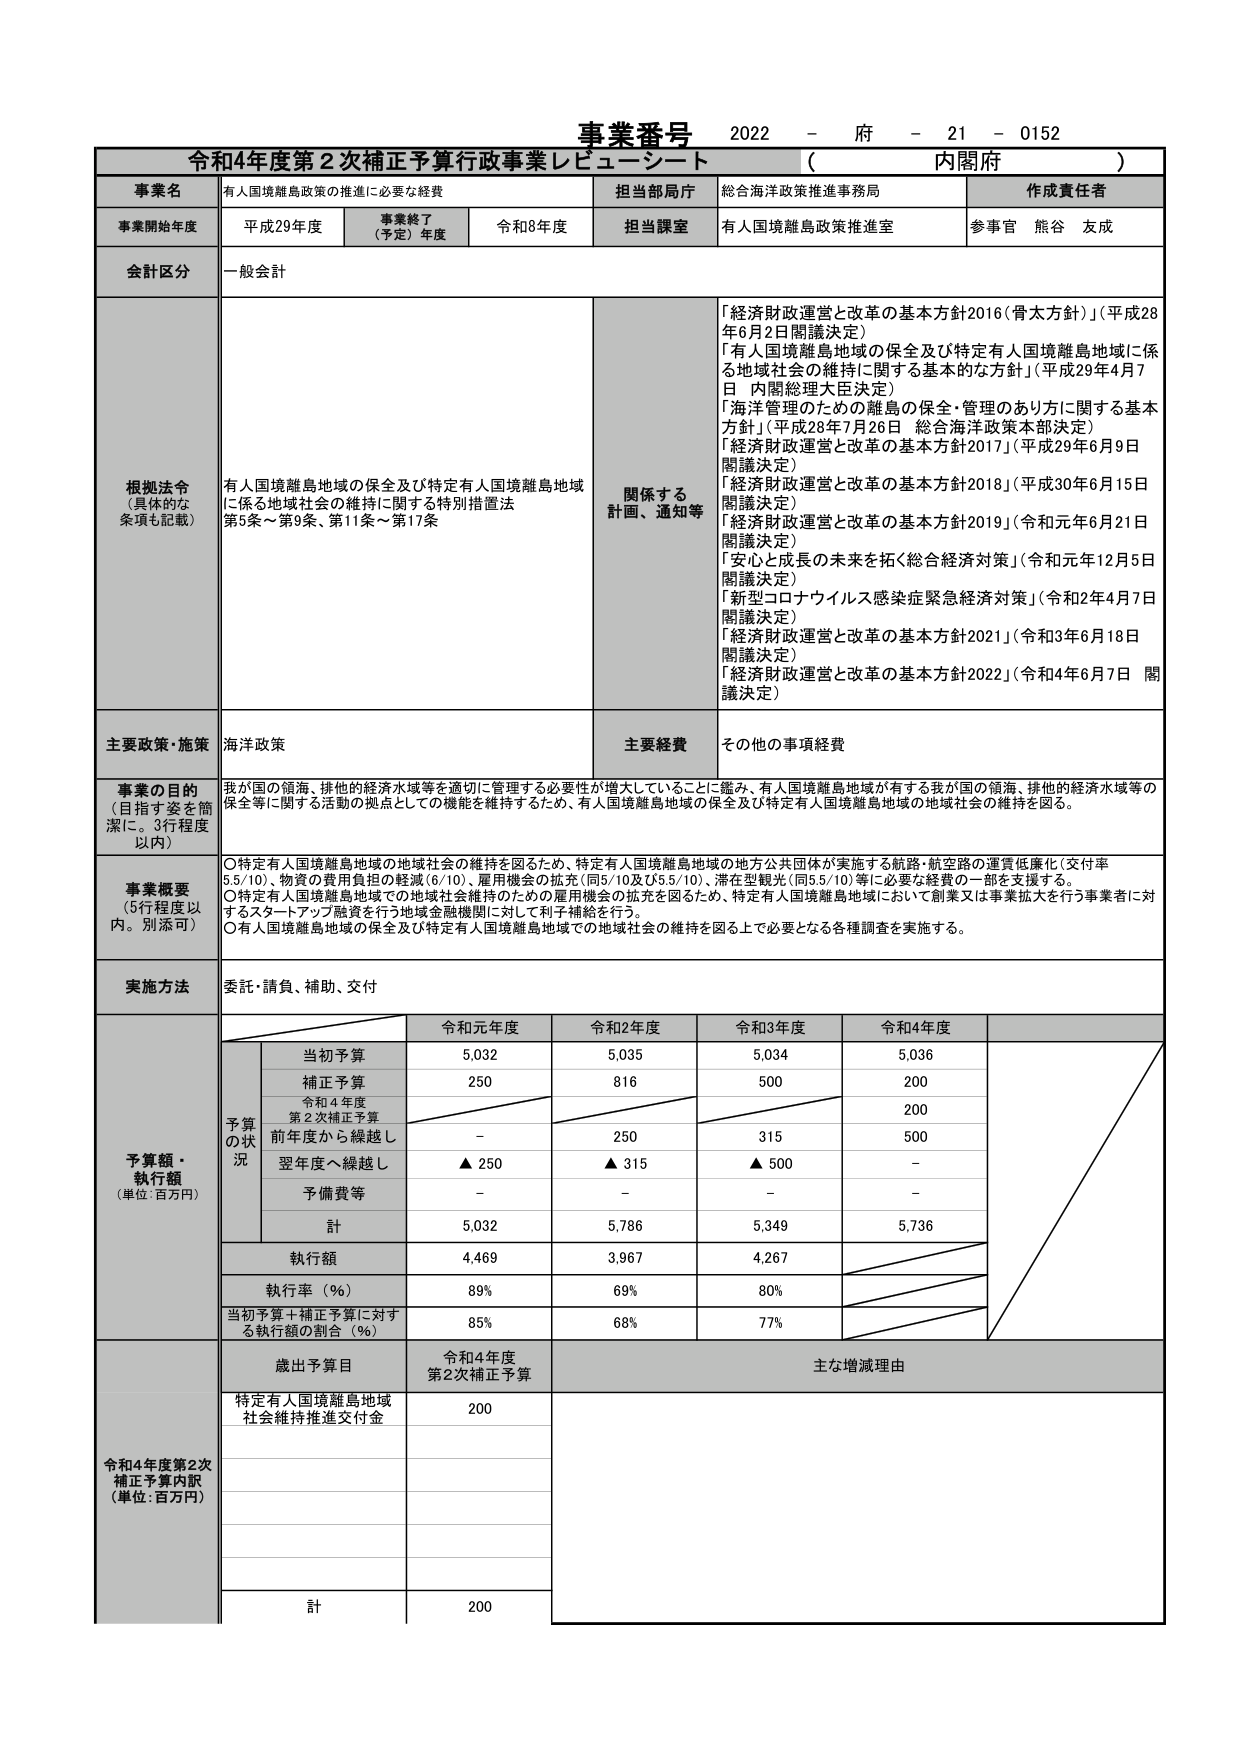
事業番号 2022 - 府 - 21 - 0152
令和4年度第2次補正予算行政事業レビューシート （ 内閣府 ）

事業名 有人国境離島政策の推進に必要な経費
担当部局庁 総合海洋政策推進事務局
作成責任者

事業開始年度 平成29年度
事業終了（予定）年度 令和8年度
担当課室 有人国境離島政策推進室
参事官 熊谷 友成

会計区分 一般会計

根拠法令 （具体的な条項も記載）
有人国境離島地域の保全及び特定有人国境離島地域に係る地域社会の維持に関する特別措置法
第5条～第9条、第11条～第17条

関係する計画、通知等
「経済財政運営と改革の基本方針2016（骨太方針）」（平成28年6月2日閣議決定）
「有人国境離島地域の保全及び特定有人国境離島地域に係る地域社会の維持に関する基本的な方針」（平成29年4月7日 内閣総理大臣決定）
「海洋管理のための離島の保全・管理のあり方に関する基本方針」（平成28年7月26日 総合海洋政策本部決定）
「経済財政運営と改革の基本方針2017」（平成29年6月9日 閣議決定）
「経済財政運営と改革の基本方針2018」（平成30年6月15日 閣議決定）
「経済財政運営と改革の基本方針2019」（令和元年6月21日 閣議決定）
「安心と成長の未来を拓く総合経済対策」（令和元年12月5日 閣議決定）
「新型コロナウイルス感染症緊急経済対策」（令和2年4月7日 閣議決定）
「経済財政運営と改革の基本方針2021」（令和3年6月18日 閣議決定）
「経済財政運営と改革の基本方針2022」（令和4年6月7日 閣議決定）

主要政策・施策 海洋政策
主要経費 その他の事項経費

事業の目的 （目指す姿を簡潔に。3行程度以内）
我が国の領海、排他的経済水域等を適切に管理する必要性が増大していることに鑑み、有人国境離島地域が有する我が国の領海、排他的経済水域等の保全等に関する活動の拠点としての機能を維持するため、有人国境離島地域の保全及び特定有人国境離島地域の地域社会の維持を図る。

事業概要 （5行程度以内。別添可）
〇特定有人国境離島地域の地域社会の維持を図るため、特定有人国境離島地域の地方公共団体が実施する航路・航空路の運賃低廉化（交付率5.5/10）、物資の費用負担の軽減（6/10）、雇用機会の拡充（同5/10及び5.5/10）、滞在型観光（同5.5/10）等に必要な経費の一部を支援する。
〇特定有人国境離島地域での地域社会維持のための雇用機会の拡充を図るため、特定有人国境離島地域において創業又は事業拡大を行う事業者に対するスタートアップ融資を行う地域金融機関に対して利子補給を行う。
〇有人国境離島地域の保全及び特定有人国境離島地域での地域社会の維持を図る上で必要となる各種調査を実施する。

実施方法 委託・請負、補助、交付

予算額・執行額 （単位：百万円）
令和元年度 令和2年度 令和3年度 令和4年度
予算の状況
当初予算 5,032 5,035 5,034 5,036
補正予算 250 816 500 200
令和4年度第2次補正予算 前年度から繰越し - 250 315 500
翌年度へ繰越し ▲ 250 ▲ 315 ▲ 500 -
予備費等 - - - -
計 5,032 5,786 5,349 5,736
執行額 4,469 3,967 4,267
執行率（％） 89% 69% 80%
当初予算＋補正予算に対する執行額の割合（％） 85% 68% 77%

令和4年度第2次補正予算内訳 （単位：百万円）
歳出予算目 令和4年度第2次補正予算 主な増減理由
特定有人国境離島地域社会維持推進交付金 200
計 200